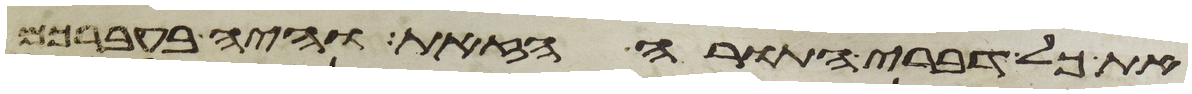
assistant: את כל דברי התורה הזאת והיה בעברכם